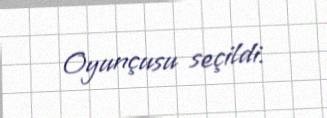
Oyunçusu seçildi.